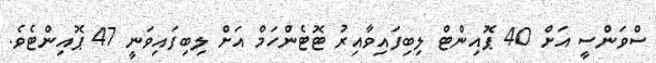
ސްވަންސީ އަށް 40 ޕޮއިންޓް ލިބިފައިވާއިރު ޓޮޓެންހަމް އަށް ލިބިފައިވަނީ 47 ޕޮއިންޓެވެ.